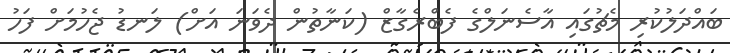
ބައްދަލުކުރި މެޗުގައި އާސެނަލްގެ ފެބްރެގާޒް (ކަނާތުން ދެވަނަ އަށް) ލަނޑު ޖެހުމަށް ފަހު